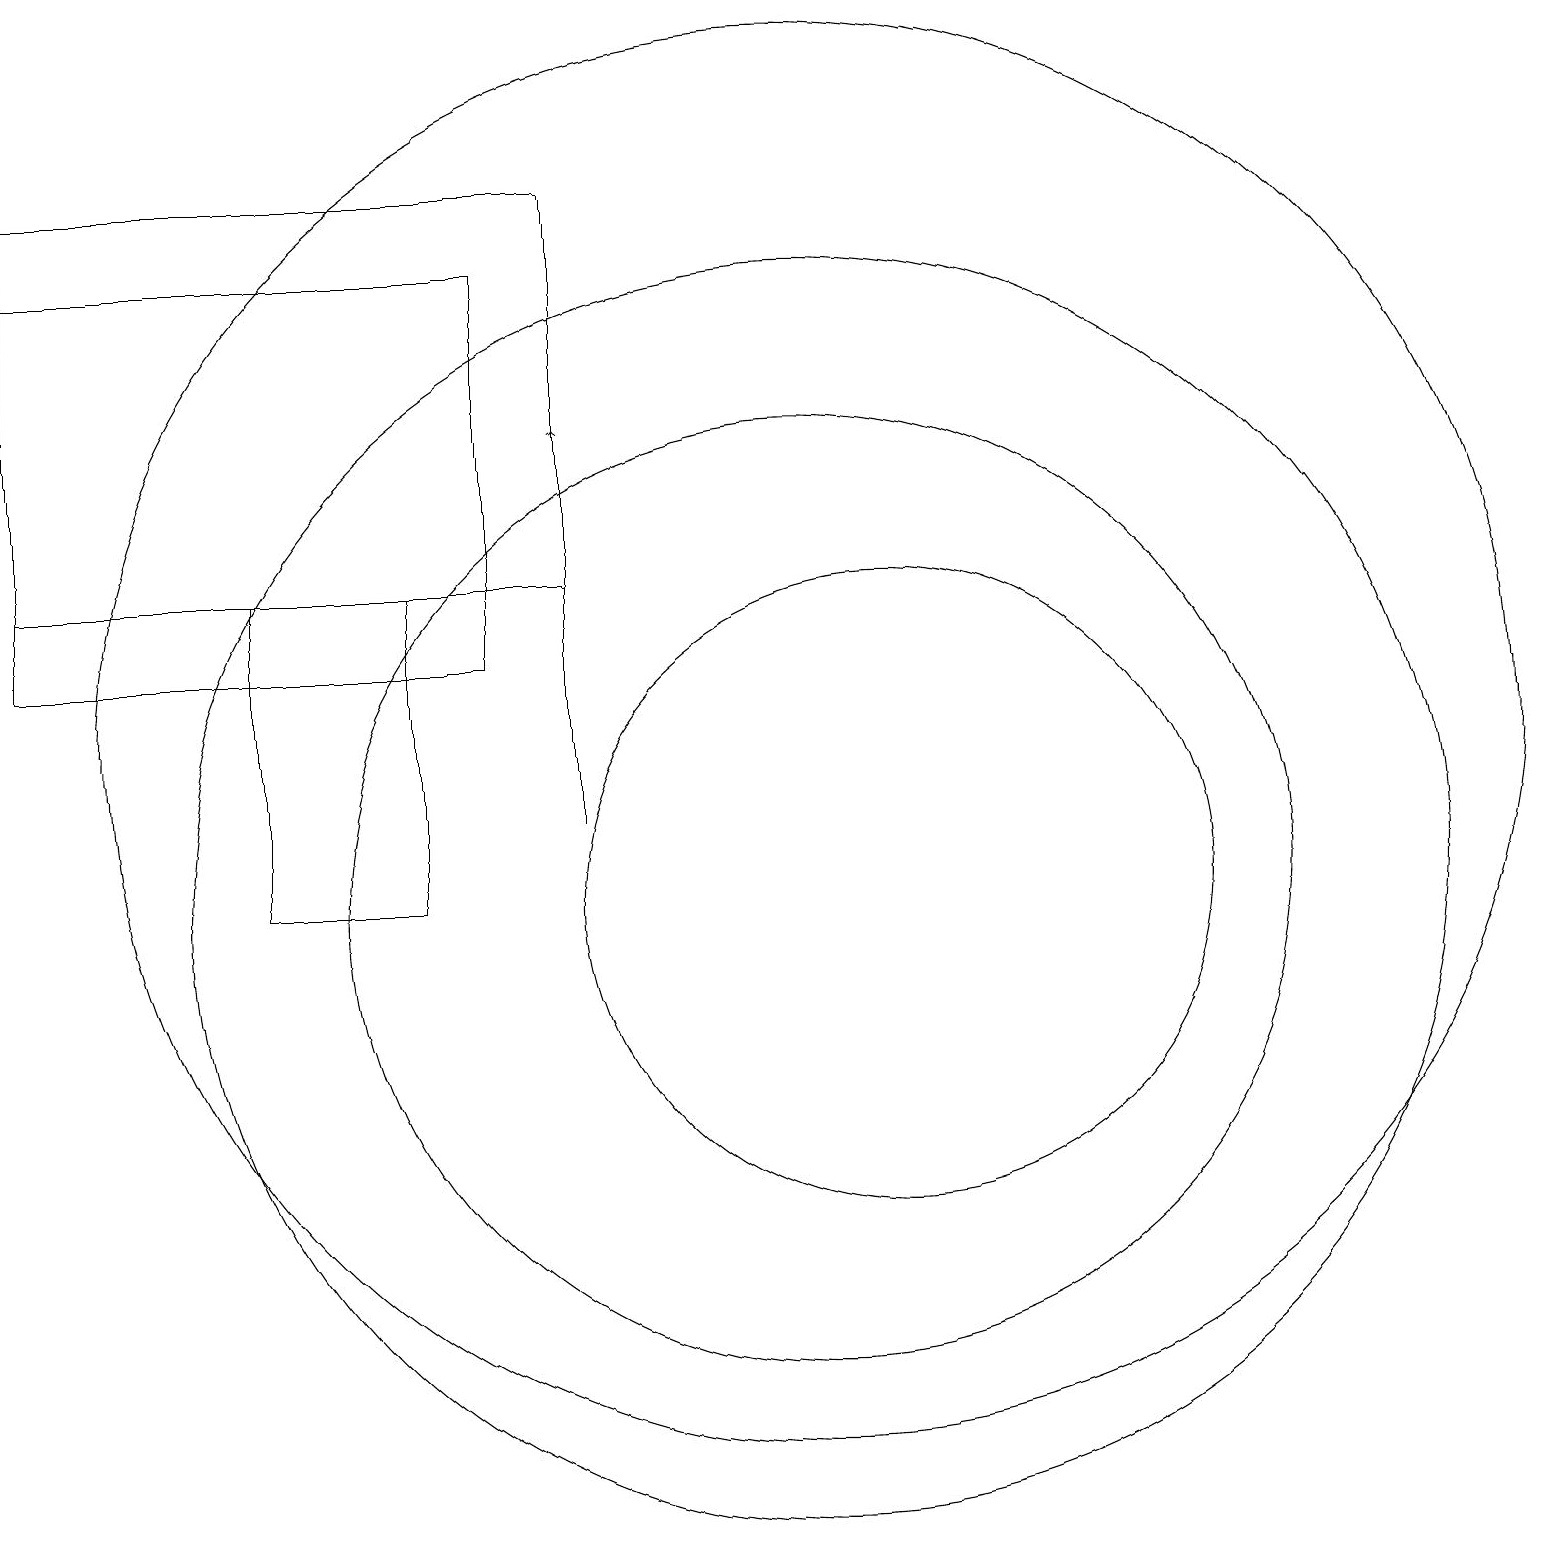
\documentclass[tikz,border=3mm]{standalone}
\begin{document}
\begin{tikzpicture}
\draw (4,10) rectangle (6,14);
\draw (1,13) rectangle (7,18);
\draw[->] (8,11) -- (8,16);
\draw (1,14) rectangle (8,19);
\draw (11,12) circle (9);
\draw (11,10) circle (8);
\draw (12,10) circle (4);
\draw (11,10) circle (6);
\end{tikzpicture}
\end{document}